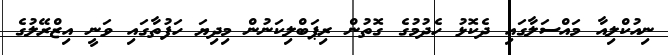
ނިއުކްލިއާ މައްސަލާގައި ދެކޮޅު ހެދުމުގެ ގޮތުން ރިޕަބްލިކަނުން މިދިޔަ ހަފުތާގައި ވަނީ އިޒްރޭލުގެ